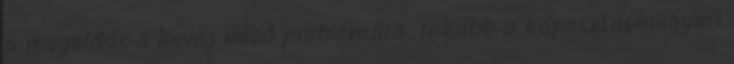
a megoldás a kevés néző problémára. Inkább a káposztásmegyeri